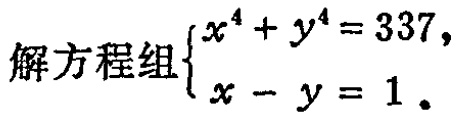
解方程组\(\begin{cases}x^{4}+y^{4}=337,\\x - y = 1.\end{cases}\)